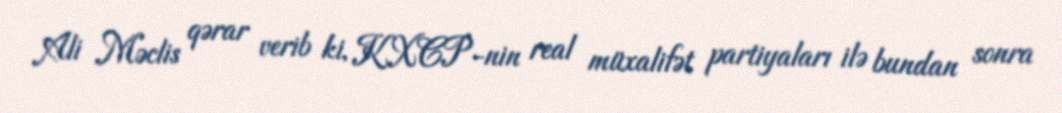
Ali Məclis qərar verib ki, KXCP-nin real müxalifət partiyaları ilə bundan sonra